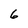
Character: 6